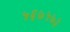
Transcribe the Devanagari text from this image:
५६७५७३